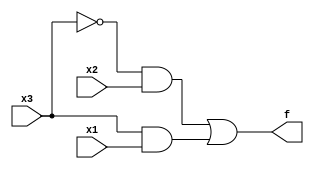
/* The above truth table is for a three-input, one-output function. 
It has 8 rows for each of the 8 possible input combinations, 
and one output column. There are four inputs combinations where the output is 1, 
and four where the output is 0. */

module top_module( 
    input x3,
    input x2,
    input x1,  // three inputs
    output f   // one output
);
    assign f= (~x3&x2) | (x3&x1);

endmodule